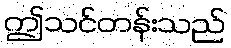
ဤသင်တန်းသည်